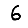
Digit: 6